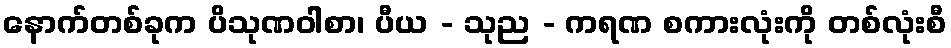
နောက်တစ်ခုက ပိသုဏဝါစာ၊ ပီယ - သုည - ကရဏ စကားလုံးကို တစ်လုံးစီ